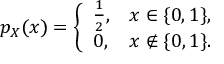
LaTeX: p _ { X } ( x ) = { \left\{ \begin{array} { l l } { { \frac { 1 } { 2 } } , } & { x \in \{ 0 , 1 \} , } \\ { 0 , } & { x \notin \{ 0 , 1 \} . } \end{array} \right. }